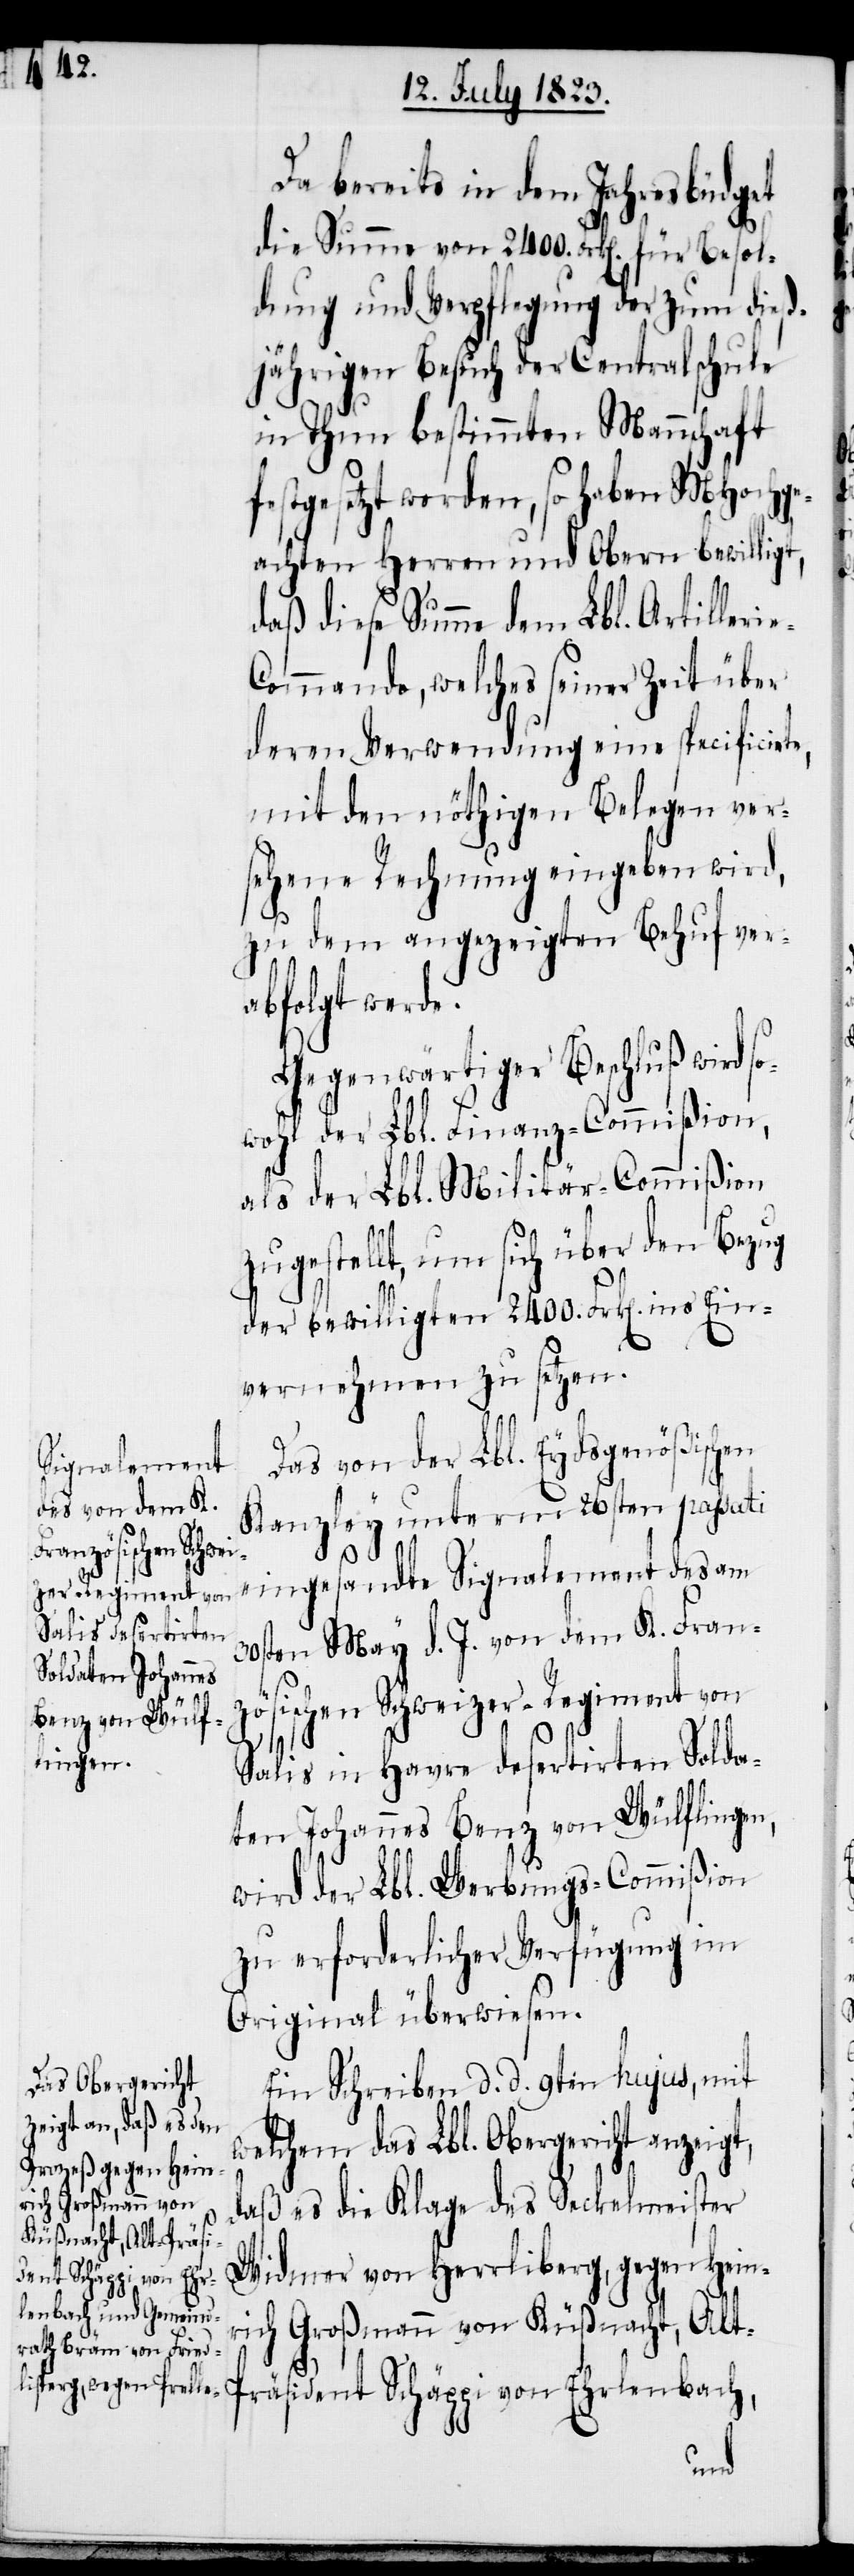
Da bereits in dem Jahresbüdget
die Summe von 2400. Frk[en]. für Besol¬
dung und Verpflegung der zum dieß¬
jährigen Besuch der Centralschule
in Thun bestimmten Mannschaft
festgesetzt worden, so haben MHochge¬
achten Herren und Obern bewilligt,
daß diese Summe dem Lbl. Artilleri¬
ommando, welches seiner Zeit über
deren Verwendung eine specificirte,
mit den nöthigen Belegen ver¬
sehene Rechnung eingeben wird,
zu dem angezeigten Behuf ver¬
abfolgt werde.
Gegenwärtiger Beschluß wird s¬
owohl der Lbl. Finanz-Commißion,
als der Lbl. Militär-Commißion
zugestellt, um sich über den Bezug
der bewilligten 2400. Frk[en]. ins
vernehmen zu setzen.
Das von der Lbl. Eydsgenößischen
Kanzley unterm 26sten passati
Ein¬
eingesandte Signalement des am
30sten May d. J. von dem K. Fran¬
zösischen Schweizer-Regiment von
Salis in Havre desertirten Solda¬
ten Johannes Benz von Wülflingen,
wird der Lbl. Werbungs-Commißion
zu erforderlicher Verfügung im
Original überwiesen.
Ein Schreiben d. d. 9ten hujus, mit
welchem das Lbl. Obergericht anzeigt,
rich Großmann von
daß es die Klage des Seckelmeister
Küßnacht, Alt-Präsi¬
Widmer von Herrliberg, gegen Hein¬
dent Schäppi von Ehrlenbach,